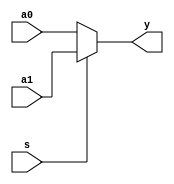
/* 
writer:liyiming 
date: 2018/11/13
version: 0.0
module: mux
func: 3221
*/
module mux2x32(
    a0,
    a1,
    s,
    y
);
    input [31:0]a0,a1;
    input s;
    output [31:0]y;
    assign y = s? a1 : a0;
endmodule